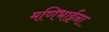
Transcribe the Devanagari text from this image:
मणिभाईंना